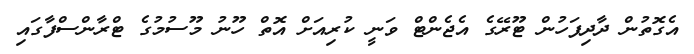
އެގޮތުން ދާދިފަހުން ޓޫރޭގެ އެޖެންޓް ވަނީ ކުރިއަށް އޮތް ހޫނު މޫސުމުގެ ޓްރާންސްފާގައި